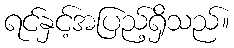
ရင်နှင့်အပြည့်ရှိသည်။